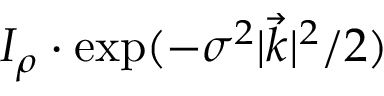
I _ { \rho } \cdot \exp ( - \sigma ^ { 2 } | \vec { k } | ^ { 2 } / 2 )